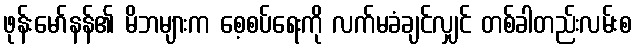
ဖုန်းမော်နန်၏ မိဘများက စေ့စပ်ရေးကို လက်မခံချင်လျှင် တစ်ခါတည်းလမ်းစ